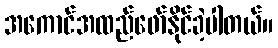
အကောင်အထည်ဖော်နိုင်ခဲ့ပါတယ်။